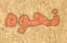
نحوه